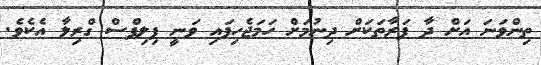
ތިންވަނަ އަށް ދާ ފަރާތަކަށް ދިނުމަށް ހަމަޖެހިފައި ވަނީ ފިލިޕްސް ގްރިލާ އެކެވެ.